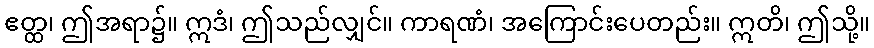
ဧတ္ထ၊ ဤအရာ၌။ ဣဒံ၊ ဤသည်လျှင်။ ကာရဏံ၊ အကြောင်းပေတည်း။ ဣတိ၊ ဤသို့။